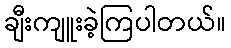
ချီးကျူးခဲ့ကြပါတယ်။